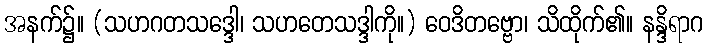
အနက်၌။ (သဟဂတသဒ္ဒေါ၊ သဟတေသဒ္ဒါကို။) ဝေဒိတဗ္ဗော၊ သိထိုက်၏။ နန္ဒိရာဂ